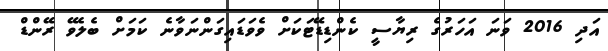
އަދި 2016 ވަނަ އަހަރުގެ ރިޔާސީ ކެންޑިޑޭޓަކަށް ވެވަޑައިގަންނަވާނެ ކަމަށް ބެލެވޭ ރޭންޑް